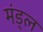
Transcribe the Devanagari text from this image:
मंड्ल